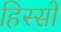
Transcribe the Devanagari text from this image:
हिस्सों